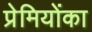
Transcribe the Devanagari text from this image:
प्रेमियोंका